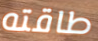
طاقته